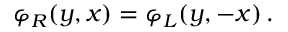
\varphi _ { R } ( y , x ) = \varphi _ { L } ( y , - x ) \, .